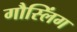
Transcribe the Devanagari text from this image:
गौस्लिंग